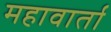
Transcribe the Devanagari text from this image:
महावार्ता